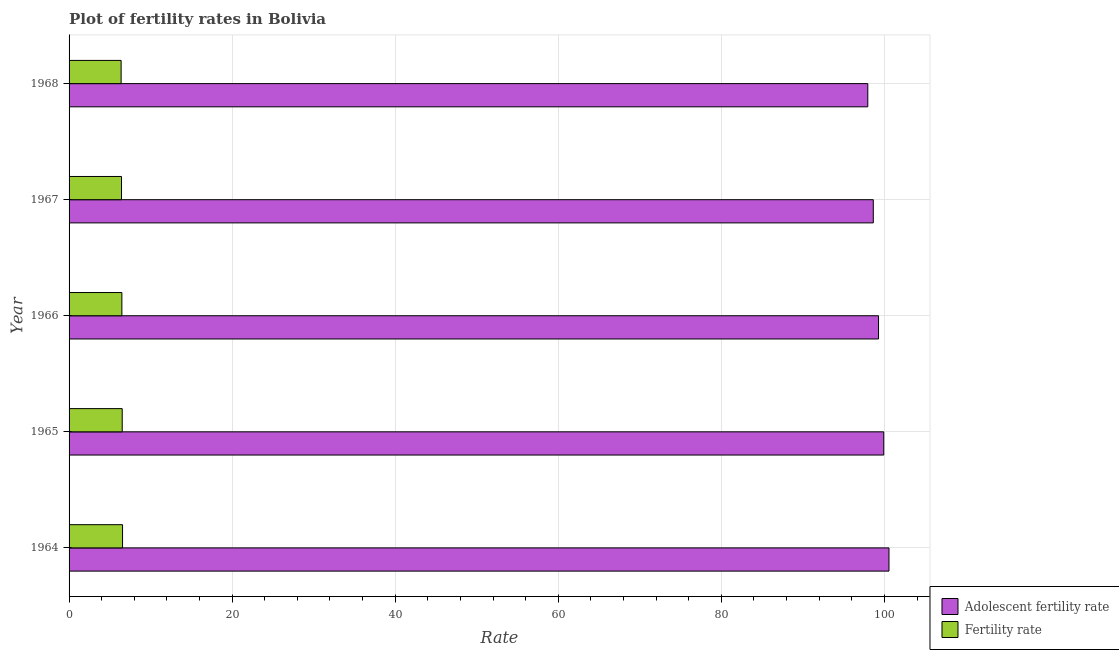
| Year | Adolescent fertility rate | Fertility rate |
 | --- | --- | --- |
 | 1964 | 101 | 6.56 |
 | 1965 | 99.9 | 6.52 |
 | 1966 | 99.3 | 6.48 |
 | 1967 | 98.6 | 6.43 |
 | 1968 | 98 | 6.38 |